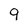
Character: q